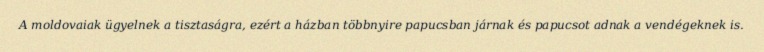
A moldovaiak ügyelnek a tisztaságra, ezért a házban többnyire papucsban járnak és papucsot adnak a vendégeknek is.